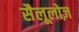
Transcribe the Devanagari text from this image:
सैलूलोज़